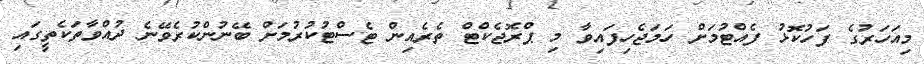
މިއަހަރުގެ ފަހުކޮޅު ފެއްޓުމަށް ހަމަޖެހިފައިވާ މި ޕްރޮޖެކްޓް ތެރެއިން ޓެސްޓުކުރުމަށް ބޭނުންކުރެވޭނެ ދުއްވާތަކެތީގައި